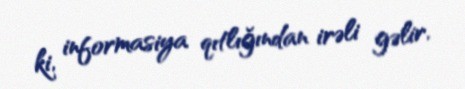
ki, informasiya qıtlığından irəli gəlir.